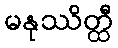
မနုဿိတ္ထီ